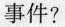
事件?